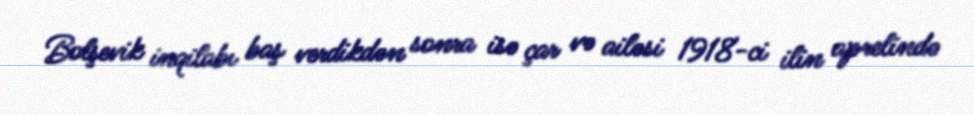
Bolşevik inqilabı baş verdikdən sonra isə çar və ailəsi 1918-ci ilin aprelində